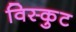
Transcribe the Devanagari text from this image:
विस्कुट